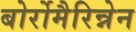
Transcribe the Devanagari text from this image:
बोर्रोमैरिन्नेन